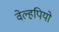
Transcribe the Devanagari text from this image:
वेल्हपियो